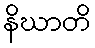
နိဃာတိ